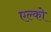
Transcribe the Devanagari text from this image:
एल्को